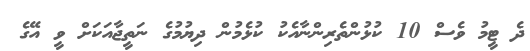
ދެ ޓީމު ވެސް 10 ކުޅުންތެރިންނާއެކު ކުޅެމުން ދިޔުމުގެ ނަތީޖާއަކަށް ވީ އޭގެ